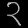
Digit: ၃